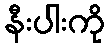
နီးပါးကို